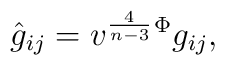
\hat g_{ij}= v^{\frac{4}{n-3}}{}^{\Phi}g_{ij},